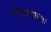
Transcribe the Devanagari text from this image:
मसुद्याकरिता